Annual report on the mental hospital in the Central Provinces and Berar (Nagpur) - 1927-1951
Year: 1927
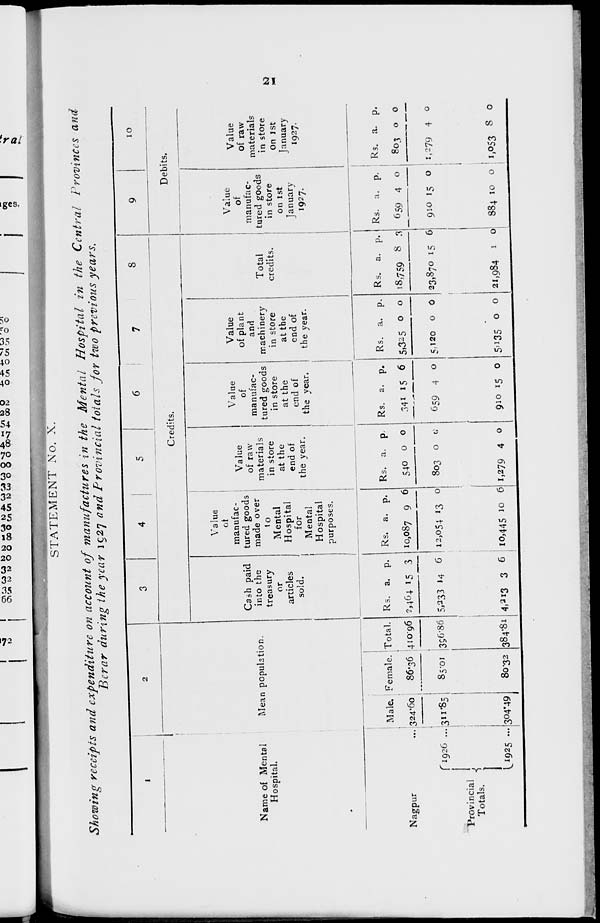
21
STATEMENT No. X.
Showing receipts and expenditure on account of manufactures in the Mental Hospital in the Central Provinces and
Berar during the year 1927 and Provincial totals for two previous years.
1
Name of Mental
Hospital.
Nagpur ...
Provincial
Totals.
1926 ...
1925
...
2
Mean population.
Male.
324.60
311.85
304.49
Female.
86.36
85.01
80.32
Total.
410.96
396.86
384.81
3
4
5
6
7
8
Credits.
Cash paid
into the
treasury
or
articles
sold.
Rs.
2,464
5,233
4,213
a.
15
14
3
p.
3
6
6
Value
of
manufac-
tured goods
made over
to
Mental
Hospital
for
Mental
Hospital
purposes.
Rs.
10,087
12,054
10,445
a.
9
13
10
p.
6
0
6
Value
of raw
materials
in store
at the
end of
the year.
Rs.
540
803
1,279
a.
0
0
4
p.
0
0
0
Value
of
manufac-
tured goods
in store
at the
end of
the year.
Rs.
341
659
910
a.
15
4
15
p.
6
0
0
Value
of plant
and
machinery
in store
at the
end of
the year.
Rs.
5,325
5,120
5,135
a.
0
0
0
p.
0
0
0
Total
credits.
Rs.
18,759
23,870
21,984
a.
8
15
1
p.
3
6
0
9
10
Debits.
Value
of
manufac-
tured goods
in store
on 1st
January
1927.
Rs.
659
910
884
a.
4
5
10
p.
0
0
0
Value
of raw
materials
in store
on 1st
January
1927.
Rs.
803
1,279
1,053
a.
0
4
8
p.
0
0
0